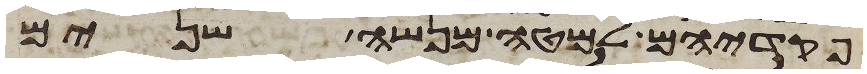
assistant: פקדיהם למטה מנשה שנים